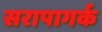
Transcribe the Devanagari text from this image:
सरापागर्क